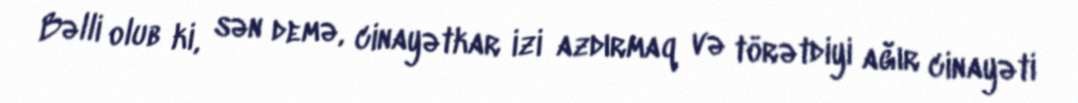
Bəlli olub ki, sən demə, cinayətkar izi azdırmaq və törətdiyi ağır cinayəti